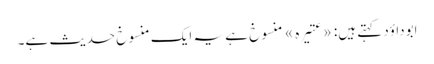
ابوداؤد کہتے ہیں: «عتیرہ» منسوخ ہے یہ ایک منسوخ حدیث ہے۔